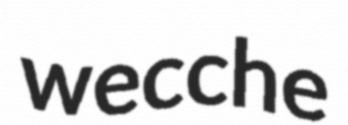
wecche